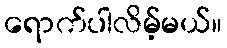
ရောက်ပါလိမ့်မယ်။